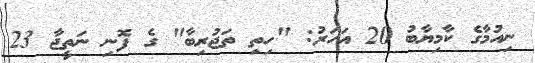
ނިއުމާގެ ކާމިޔާބު 20 އަހަރު: "ހިތި ތަޖުރިބާ" ގެ ފޮނި ނަތީޖާ 23